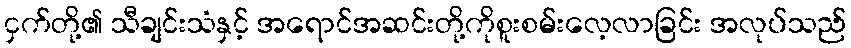
ငှက်တို့၏ သီချင်းသံနှင့် အရောင်အဆင်းတို့ကိုစူးစမ်းလေ့လာခြင်း အလုပ်သည်